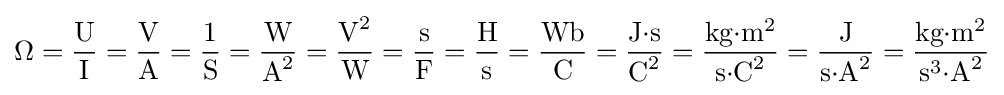
\Omega ={\dfrac {\text{U}}{\text{I}}}={\dfrac {\text{V}}{\text{A}}}={\dfrac {1}{\text{S}}}={\dfrac {\text{W}}{{\text{A}}^{2}}}={\dfrac {{\text{V}}^{2}}{\text{W}}}={\dfrac {\text{s}}{\text{F}}}={\dfrac {\text{H}}{\text{s}}}={\dfrac {\text{Wb}}{\text{C}}}={\dfrac {{\text{J}}{\cdot }{\text{s}}}{{\text{C}}^{2}}}={\dfrac {{\text{kg}}{\cdot }{\text{m}}^{2}}{{\text{s}}{\cdot }{\text{C}}^{2}}}={\dfrac {\text{J}}{{\text{s}}{\cdot }{\text{A}}^{2}}}={\dfrac {{\text{kg}}{\cdot }{\text{m}}^{2}}{{\text{s}}^{3}{\cdot }{\text{A}}^{2}}}